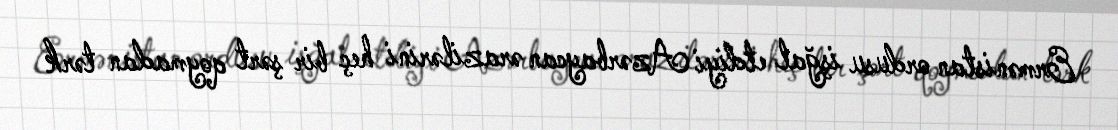
Ermənistan ordusu işğal etdiyi Azərbaycan ərazilərini heç bir şərt qoymadan tərk